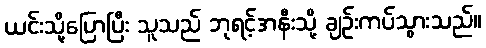
ယင်းသို့ပြောပြီး သူသည် ဘုရင့်အနီးသို့ ချဉ်းကပ်သွားသည်။